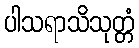
ပါသရာသိသုတ္တံ